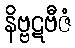
နိဗ္ဗဋဗီဇံ